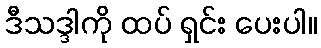
ဒီသဒ္ဒါကို ထပ် ရှင်း ပေးပါ။